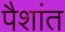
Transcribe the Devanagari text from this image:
पैशांत